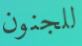
للجنون